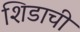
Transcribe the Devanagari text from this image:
शिडाची